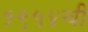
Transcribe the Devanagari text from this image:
१९५४ची